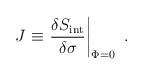
LaTeX: \begin{align*}J\equiv \left.{{\delta S_{\rm{\small int}}}\over {\delta\sigma}} \right|_{\Phi=0}~.\end{align*}